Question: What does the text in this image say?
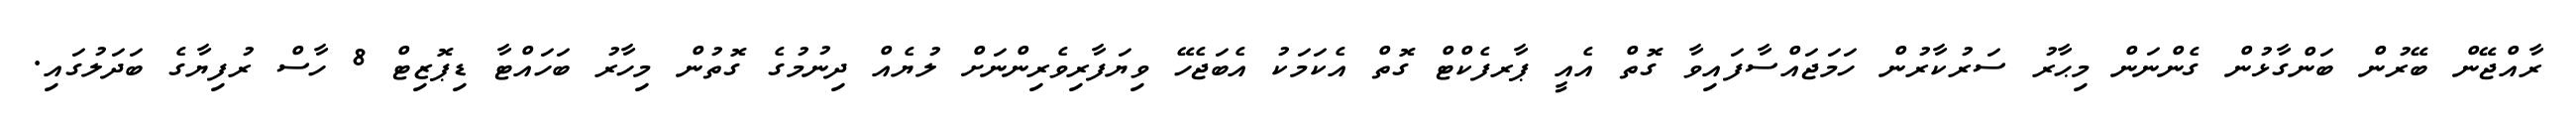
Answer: ރާއްޖޭން ބޭރުން ބަންގާޅުން ގެންނަން މިޙާރު ސަރުކާރުން ހަމަޖައްސާފައިވާ ގޮތް އެއީ ޕާރފެކްޓް ގޮތް އެކަމަކު އެބަޖެހޭ ވިޔަފާރިވެރިންނަށް ލުޔެއް ދިނުމުގެ ގޮތުން މިހާރު ބަހައްޓާ ޑިޕޮޒިޓް 8 ހާސް ރުފިޔާގެ ބަދަލުގައި.